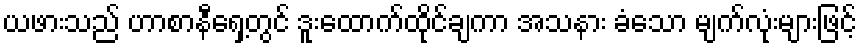
ယဖားသည် ဟာစာနီရှေ့တွင် ဒူးထောက်ထိုင်ချကာ အသနား ခံသော မျက်လုံးများဖြင့်